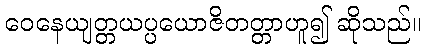
ဝေနေယျတ္တယပ္ပယောဇိတတ္တာဟူ၍ ဆိုသည်။